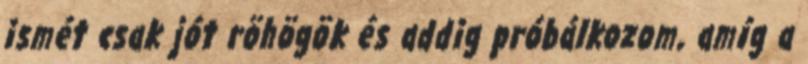
ismét csak jót röhögök és addig próbálkozom, amíg a